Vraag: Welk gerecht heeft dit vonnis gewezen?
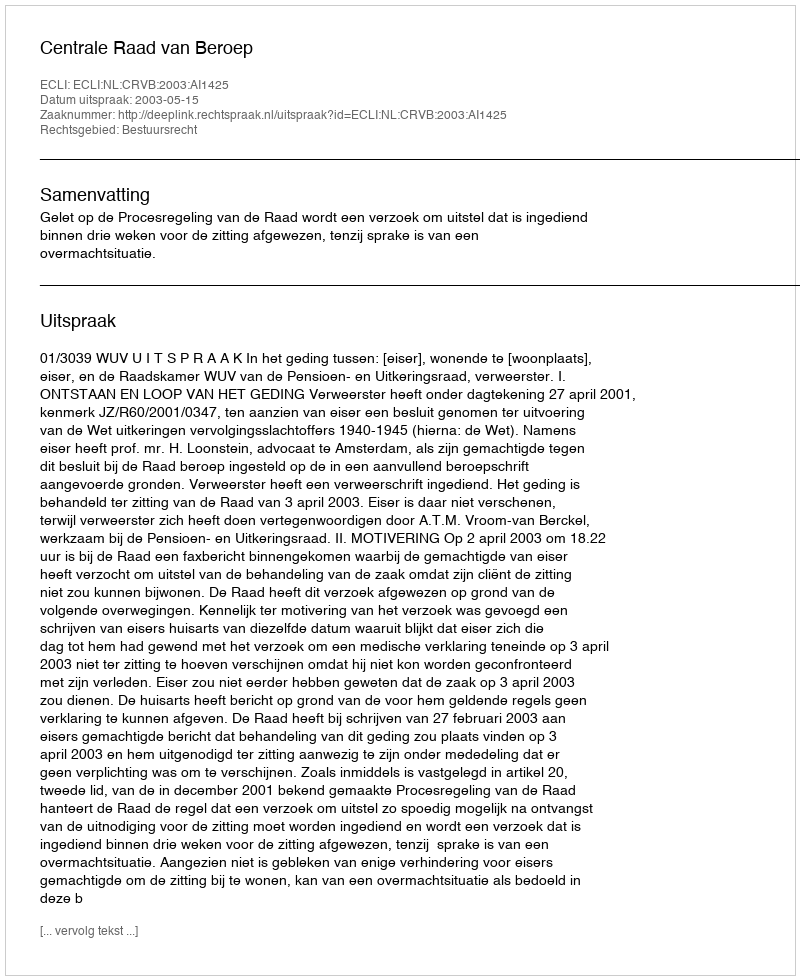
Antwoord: Centrale Raad van Beroep